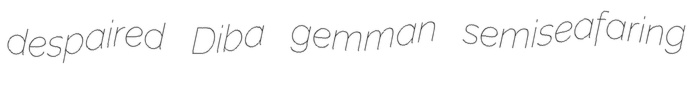
despaired Diba gemman semiseafaring